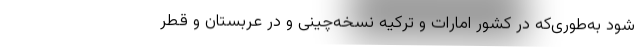
شود به‌طوری‌که در کشور امارات و ترکیه نسخه‌چینی و در عربستان و قطر